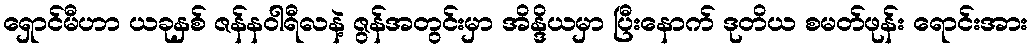
ရှောင်မီဟာ ယခုနှစ် ဇန်နဝါရီလနဲ့ ဇွန်အတွင်းမှာ အိန္ဒိယမှာ ပြီးနောက် ဒုတိယ စမတ်ဖုန်း ရောင်းအား